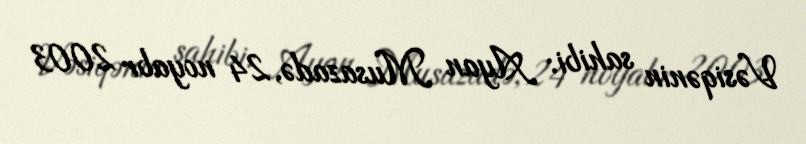
Vəsiqənin sahibi: Ayan Musazadə, 24 noyabr 2003